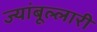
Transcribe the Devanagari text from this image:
ज्यांबूल्लारी